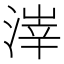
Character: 𪶱